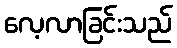
လေ့လာခြင်းသည်